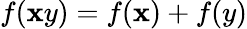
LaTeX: f(\mathbf{x}y)=f(\mathbf{x})+f(y)